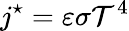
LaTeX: j^{\star}=\varepsilon\sigma\mathcal{T}^{4}